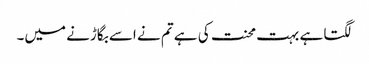
لگتا ہے بہت محنت کی ہے تم نے اسے بگاڑنے میں۔